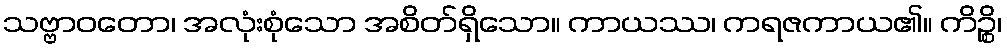
သဗ္ဗာဝတော၊ အလုံးစုံသော အစိတ်ရှိသော။ ကာယဿ၊ ကရဇကာယ၏။ ကိဉ္စိ၊